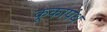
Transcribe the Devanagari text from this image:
कूकापंथ